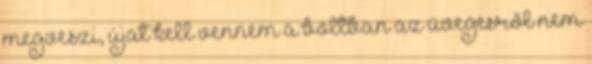
megveszi, újat kell vennem a boltban az üvegesről nem